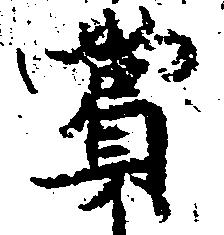
賞